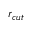
r _ { c u t }